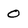
Character: O